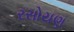
રસોયણ